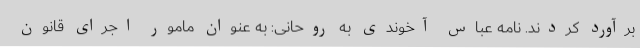
برآورد کردند. نامه عباس آخوندی به روحانی: به عنوان مامور اجرای قانون